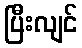
ပြီးလျင်